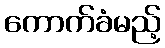
ကောက်ခံမည့်